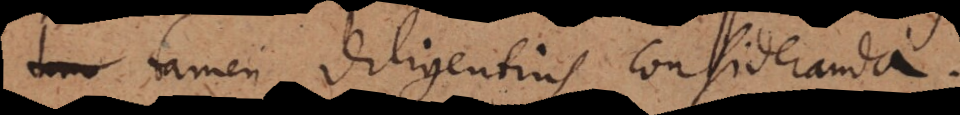
tamen diligentius consideranda.